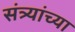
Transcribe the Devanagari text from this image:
संत्र्यांच्या